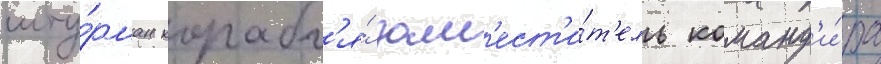
шту́рман корабл'я́ зам'ест'и́т'ель команд'и́ра